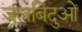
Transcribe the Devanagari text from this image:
जलबिंदुओं